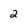
Character: 2